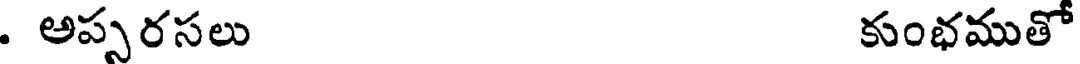
. అప్సరసలు కుంభముతో